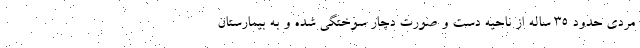
مردی حدود ۳۵ ساله از ناحیه دست و صورت دچار سوختگی شده و به بیمارستان